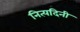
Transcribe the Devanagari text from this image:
नित्यदिनी